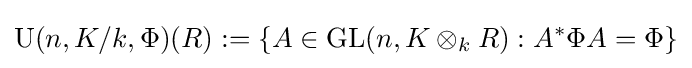
\operatorname {U} (n,K/k,\Phi )(R):=\left\{A\in \operatorname {GL} (n,K\otimes _{k}R):A^{*}\Phi A=\Phi \right\}